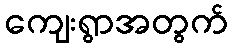
ကျေးရွာအတွက်